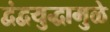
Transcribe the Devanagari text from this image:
द्वंद्वयुद्धामुळे